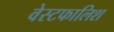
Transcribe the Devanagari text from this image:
वेस्टफालिश